Insane asylums in Bengal annual reports 1876-1887 - 1876-1887
Year: 1876
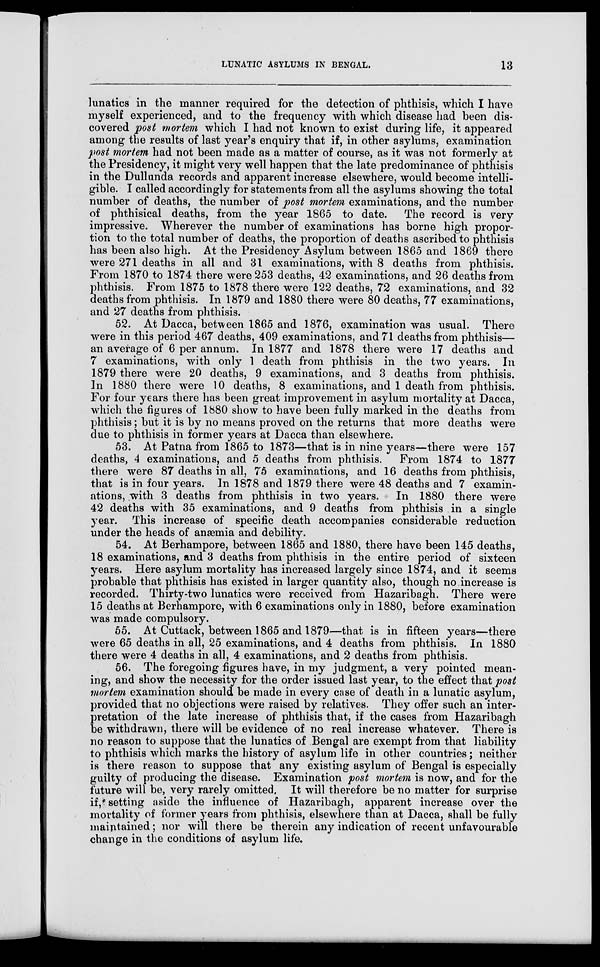
LUNATIC ASYLUMS IN BENGAL.
13
lunatics in the manner required for the detection of phthisis, which I have
myself experienced, and to the frequency with which disease had been dis-
covered post mortem which I had not known to exist during life, it appeared
among the results of last year's enquiry that if, in other asylums, examination
post mortem had not been made as a matter of course, as it was not formerly at
the Presidency, it might very well happen that the late predominance of phthisis
in the Dullunda records and apparent increase elsewhere, would become intelli-
gible. I called accordingly for statements from all the asylums showing the total
number of deaths, the number of post mortem examinations, and the number
of phthisical deaths, from the year 1865 to date. The record is very
impressive. Wherever the number of examinations has borne high propor-
tion to the total number of deaths, the proportion of deaths ascribed to phthisis
has been also high. At the Presidency Asylum between 1865 and 1869 there
were 271 deaths in all and 31 examinations, with 8 deaths from phthisis.
From 1870 to 1874 there were 253 deaths, 42 examinations, and 26 deaths from
phthisis. From 1875 to 1878 there were 122 deaths, 72 examinations, and 32
deaths from phthisis. In 1879 and 1880 there were 80 deaths, 77 examinations,
and 27 deaths from phthisis.
52. At Dacca, between 1865 and 1876, examination was usual. There
were in this period 467 deaths, 409 examinations, and 71 deaths from phthisis—
an average of 6 per annum. In 1877 and 1878 there were 17 deaths and
7 examinations, with only 1 death from phthisis in the two years. In
1879 there were 20 deaths, 9 examinations, and 3 deaths from phthisis.
In 1880 there were 10 deaths, 8 examinations, and 1 death from phthisis.
For four years there has been great improvement in asylum mortality at Dacca,
which the figures of 1880 show to have been fully marked in the deaths from
phthisis; but it is by no means proved on the returns that more deaths were
due to phthisis in former years at Dacca than elsewhere.
53. At Patna from 1865 to 1873—that is in nine years—there were 157
deaths, 4 examinations, and 5 deaths from phthisis. From 1874 to 1877
there were 87 deaths in all, 75 examinations, and 16 deaths from phthisis,
that is in four years. In 1878 and 1879 there were 48 deaths and 7 examin-
ations, with 3 deaths from phthisis in two years. In 1880 there were
42 deaths with 35 examinations, and 9 deaths from phthisis in a single
year. This increase of specific death accompanies considerable reduction
under the heads of anæmia and debility.
54. At Berhampore, between 1865 and 1880, there have been 145 deaths,
18 examinations, and 3 deaths from phthisis in the entire period of sixteen
years. Here asylum mortality has increased largely since 1874, and it seems
probable that phthisis has existed in larger quantity also, though no increase is
recorded. Thirty-two lunatics were received from Hazaribagh. There were
15 deaths at Berhampore, with 6 examinations only in 1880, before examination
was made compulsory.
55. At Cuttack, between 1865 and 1879—that is in fifteen years—there
were 65 deaths in all, 25 examinations, and 4 deaths from phthisis. In 1880
there were 4 deaths in all, 4 examinations, and 2 deaths from phthisis.
56. The foregoing figures have, in my judgment, a very pointed mean-
ing, and show the necessity for the order issued last year, to the effect that post
mortem examination should be made in every case of death in a lunatic asylum,
provided that no objections were raised by relatives. They offer such an inter-
pretation of the late increase of phthisis that, if the cases from Hazaribagh
be withdrawn, there will be evidence of no real increase whatever. There is
no reason to suppose that the lunatics of Bengal are exempt from that liability
to phthisis which marks the history of asylum life in other countries; neither
is there reason to suppose that any existing asylum of Bengal is especially
guilty of producing the disease. Examination post mortem is now, and for the
future will be, very rarely omitted. It will therefore be no matter for surprise
if, setting aside the influence of Hazaribagh, apparent increase over the
mortality of former years from phthisis, elsewhere than at Dacca, shall be fully
maintained; nor will there be therein any indication of recent unfavourable
change in the conditions of asylum life.